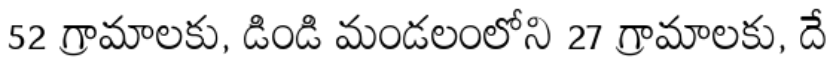
52 గ్రామాలకు, డిండి మండలంలోని 27 గ్రామాలకు, దే